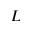
L